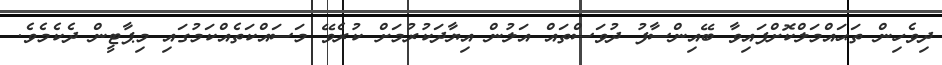
ދިވެހިން ތަޙައްމަލްކޮށްފައިވާ ބޭއިންސާފު ދުވަސްތައް އަލުން އިޔާދަކުރުމަށް ކުރެވޭ މަސައްކަތެއްކަމުގައި މިޕާޓީން ދެކެމެވެ.